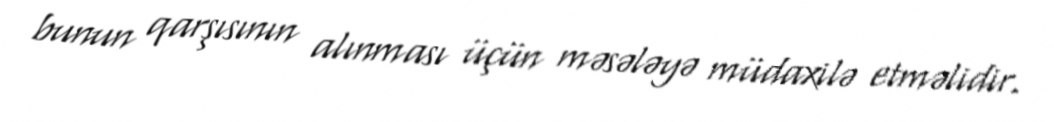
bunun qarşısının alınması üçün məsələyə müdaxilə etməlidir.